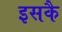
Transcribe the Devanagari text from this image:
इसकै